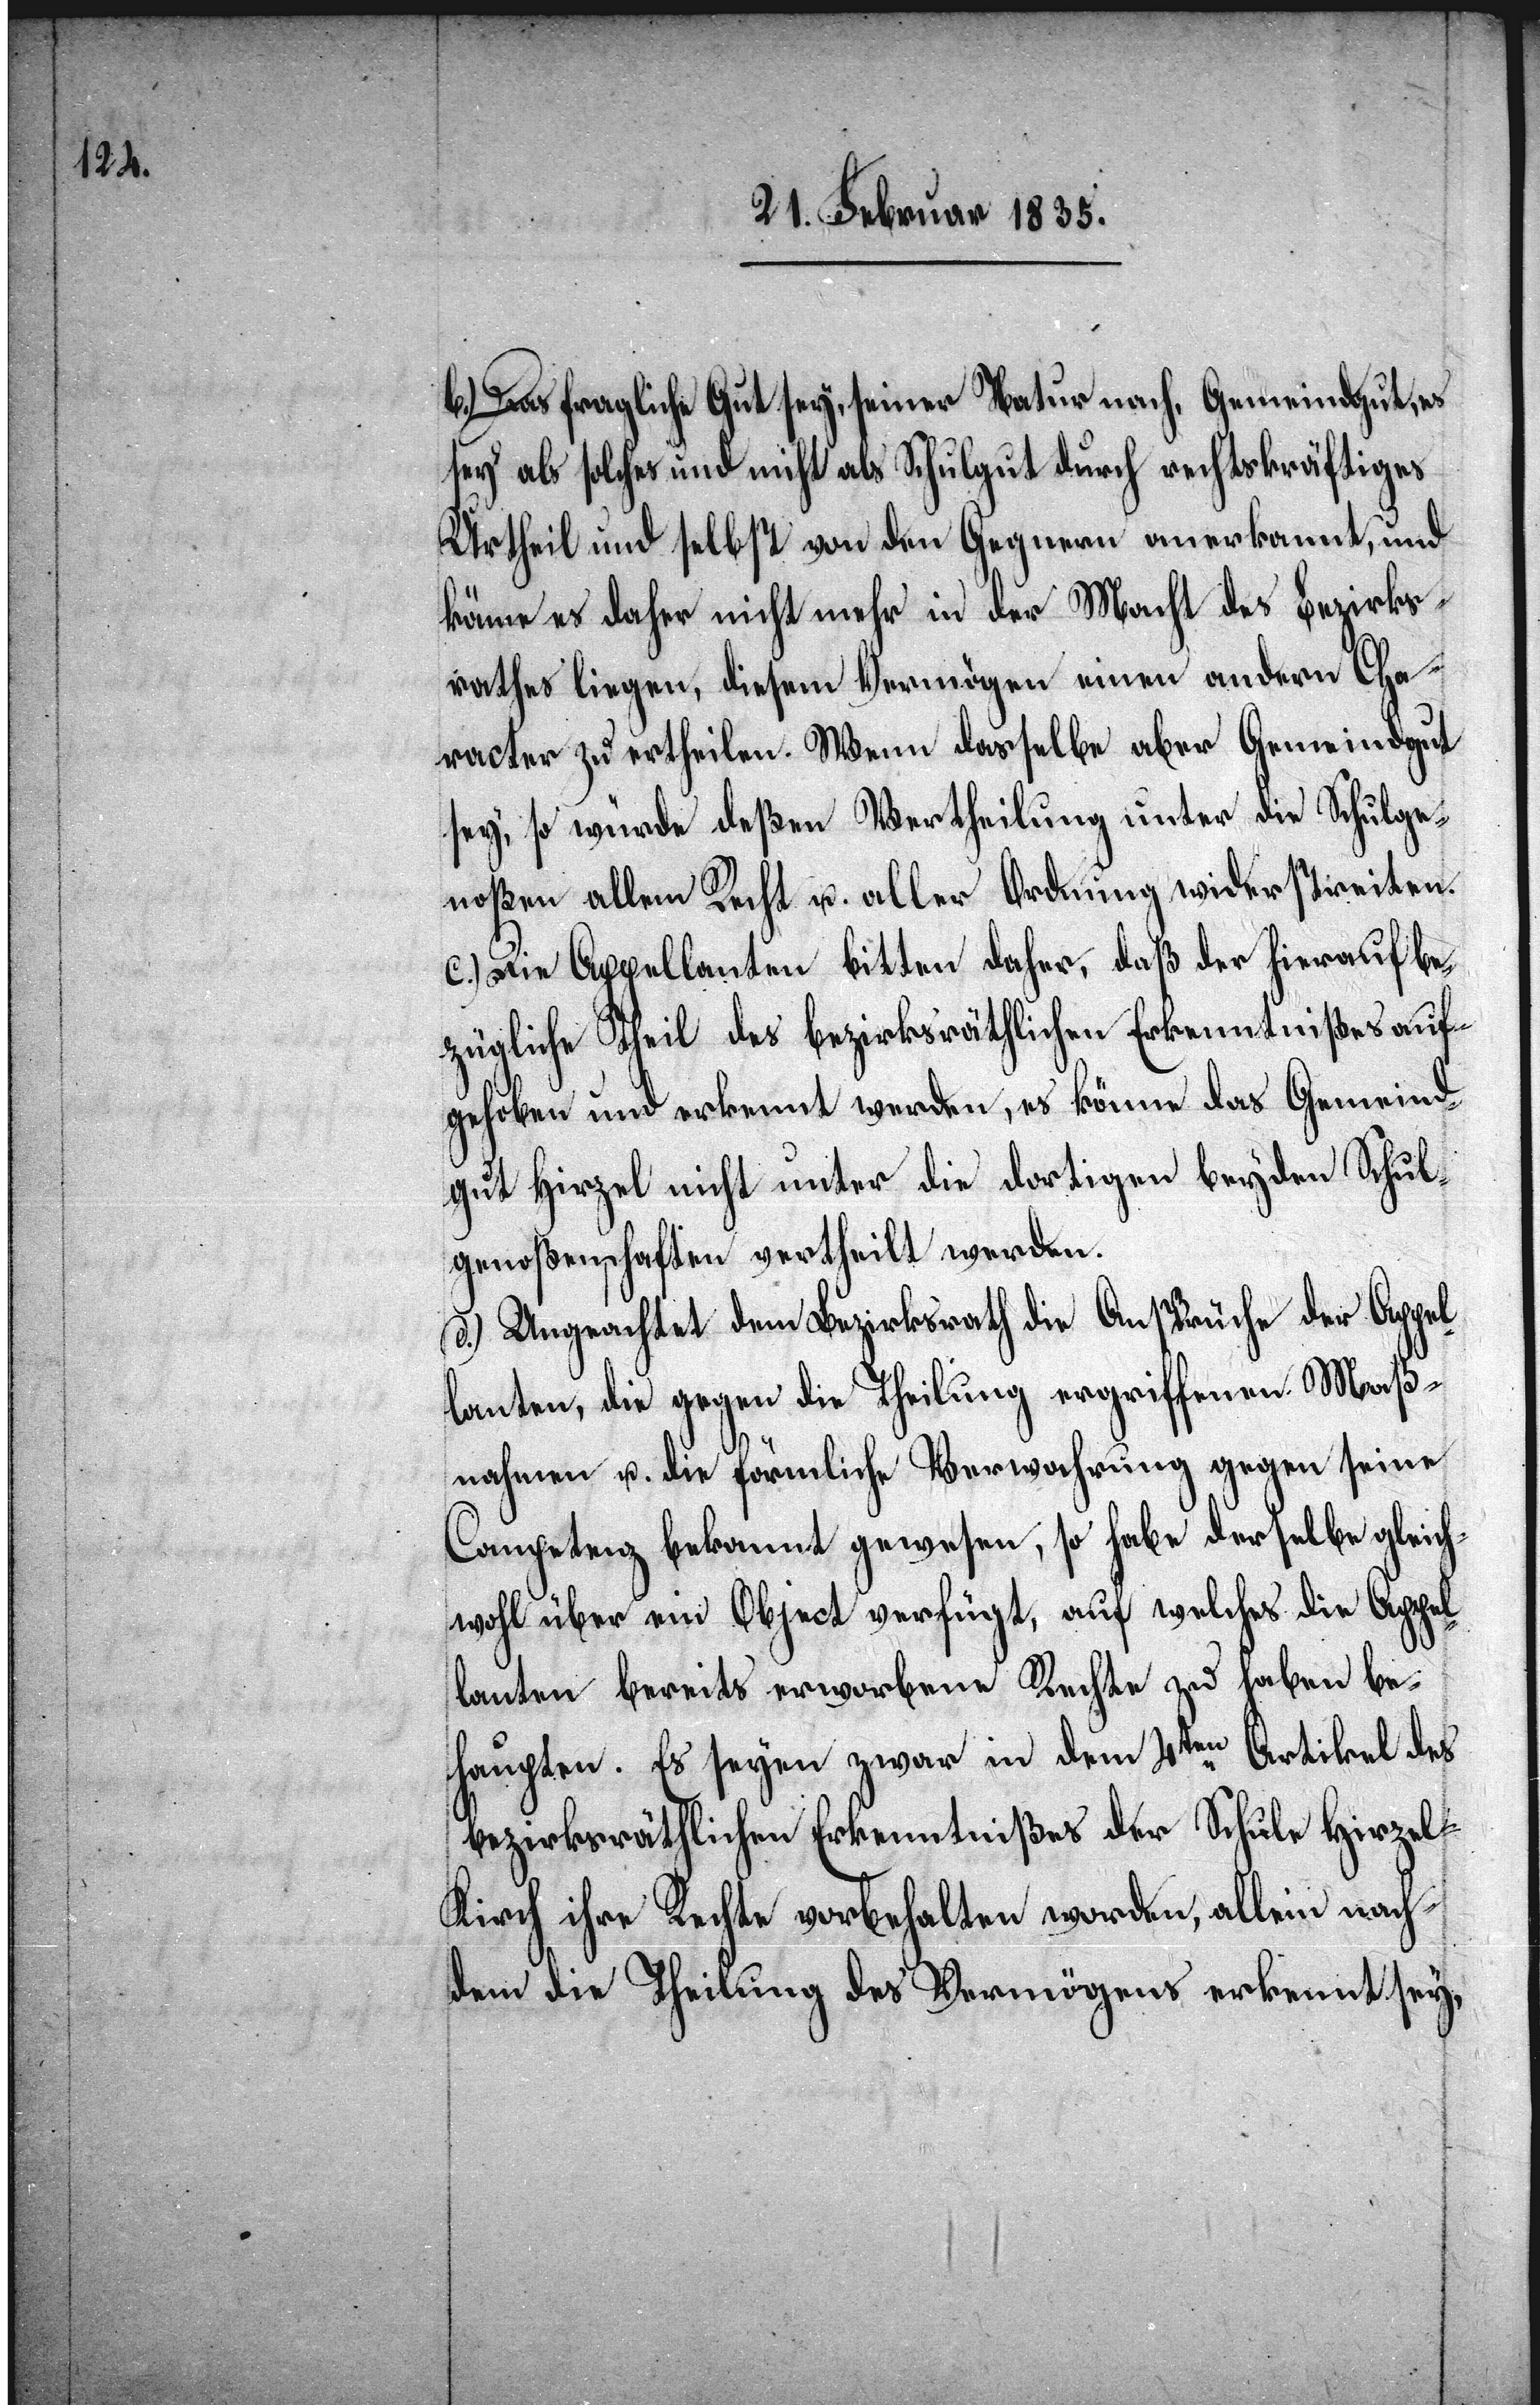
b.) Das fragliche Gut sey, seiner Natur nach, Gemeindgut, es
sey als solches und nicht als Schulgut durch rechtskräftiges
Urtheil und selbst von den Gegnern anerkannt, und
könne es daher nicht mehr in der Macht des Bezirks¬
rathes liegen, diesem Vermögen einen andern Cha¬
racter zu ertheilen. Wenn dasselbe aber Gemeindgut
sey, so würde deßen Vertheilung unter die Schulge¬
noßen allem Recht u. aller Ordnung widerstreiten.
c.) Die Appellanten bitten daher, daß der hierauf be¬
zügliche Theil des bezirksräthlichen Erkenntnißes auf¬
gehoben und erkennt werden, es könne das Gemeind¬
gut Hirzel nicht unter die dortigen beyden Schul¬
genoßenschaften vertheilt werden.
d.) Ungeachtet dem Bezirksrath die Ansprüche der Appel¬
lanten, die gegen die Theilung ergriffenen Maß¬
nahmen u. die förmliche Verwahrung gegen seine
Competenz bekannt gewesen, so habe derselbe gleich¬
wohl über ein Object verfügt, auf welches die Appel¬
lanten bereits erworbene Rechte zu haben be¬
haupten. Es seyen zwar in dem 4ten Artikel des
bezirksräthlichen Erkenntnißes der Schule Hirzel-K¬
irch ihre Rechte vorbehalten worden, allein nach¬
dem die Theilung des Vermögens erkennt sey,